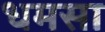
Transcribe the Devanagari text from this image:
धमसा